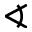
\sphericalangle